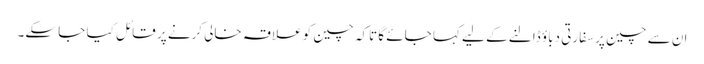
ان سے چین پر سفارتی دباؤ ڈالنے کے لیے کہا جائے گا تاکہ چین کو علاقہ خالی کرنے پر قائل کیا جا سکے۔